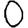
Digit: 0